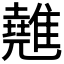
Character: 𩀸